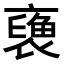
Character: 𧜪